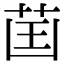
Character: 𦮒